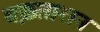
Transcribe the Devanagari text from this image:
बख़्तारान